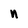
Character: n